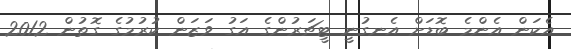
އެކަން އެންމެ ބޮޑަށް އެނގުނީ ޓީޗަރުންގެ އަގު ވަޒަން ކުރުމުގެ ގޮތުން 2012